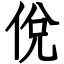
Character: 侻